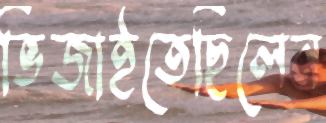
ভিজাইতেছিলেন